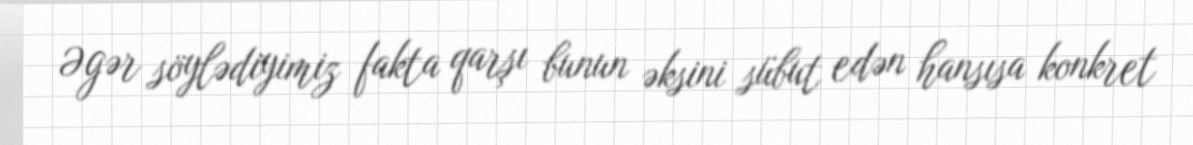
Əgər söylədiyimiz fakta qarşı bunun əksini sübut edən hansısa konkret